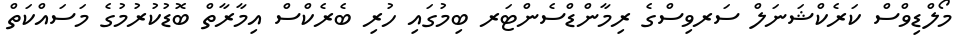
މޯލްޑިވްސް ކަރެކްޝަނަލް ސަރވިސްގެ ރިމާންޑްސެންޓަރ ބިމުގައި ހުރި ބެރެކްސް އިމާރާތް ބޮޑުކުރުމުގެ މަސައްކަތް